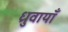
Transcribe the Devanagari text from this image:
ध्रुवायाँ